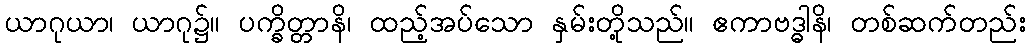
ယာဂုယာ၊ ယာဂု၌။ ပက္ခိတ္တာနိ၊ ထည့်အပ်သော နှမ်းတို့သည်။ ဧကာဗဒ္ဓါနိ၊ တစ်ဆက်တည်း